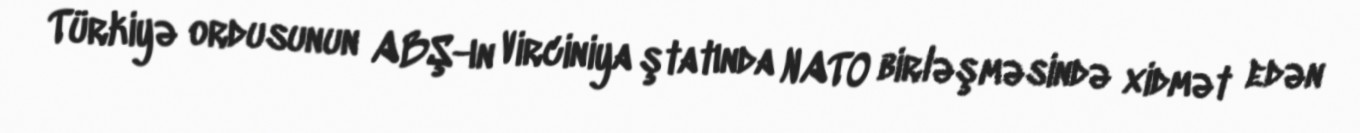
Türkiyə ordusunun ABŞ-ın Virciniya ştatında NATO birləşməsində xidmət edən